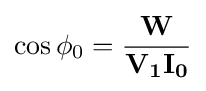
\cos \phi _{0}={\frac {\mathbf {W} }{\mathbf {V_{1}} \mathbf {I_{0}} }}